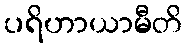
ပရိဟာယာမီတိ